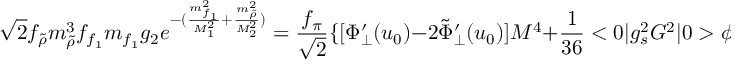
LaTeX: \sqrt { 2 } f _ { \tilde { \rho } } m _ { \tilde { \rho } } ^ { 3 } f _ { f _ { 1 } } m _ { f _ { 1 } } g _ { 2 } e ^ { - ( { \frac { m _ { f _ { 1 } } ^ { 2 } } { M _ { 1 } ^ { 2 } } } + { \frac { m _ { \tilde { \rho } } ^ { 2 } } { M _ { 2 } ^ { 2 } } } ) } = { \frac { f _ { \pi } } { \sqrt { 2 } } } \{ [ \Phi _ { \bot } ^ { \prime } ( u _ { 0 } ) - 2 { \tilde { \Phi } } _ { \bot } ^ { \prime } ( u _ { 0 } ) ] M ^ { 4 } + { \frac { 1 } { 3 6 } } < 0 | g _ { s } ^ { 2 } G ^ { 2 } | 0 > \phi _ { \pi } ^ { \prime } ( u _ { 0 } ) M ^ { 2 } \} \; ,